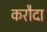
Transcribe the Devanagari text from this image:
करौदा